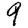
Digit: 9